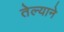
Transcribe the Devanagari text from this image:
तेल्याने